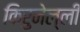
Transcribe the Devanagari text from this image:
किरुनेल्ली